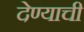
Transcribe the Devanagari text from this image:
देण्‍याची